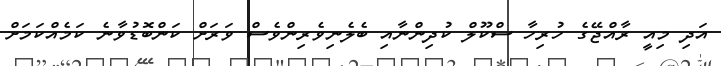
އަދި މިއީ ރާއްޖޭގެ ހުރިހާ ސްކޫލް ކުދިންނާއި ބެލެނިވެރިންވެސް ވަރަށް ކަންބޮޑުވާނެ ކަމެއްކަމަށް